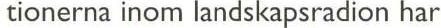
tionerna inom landskapsradion har